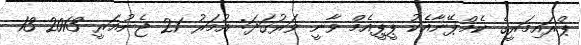
ޕްރައިމަރީގެ ކެމްޕޭނާއެކު ޕީޕީއެމް ވާނީ ވަރުގަދަ: އުމަރު 21 ޖެނުއަރީ 2013 13